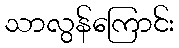
သာလွန်ကြောင်း